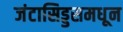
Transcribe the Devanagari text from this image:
जंटासिड्डसमधून